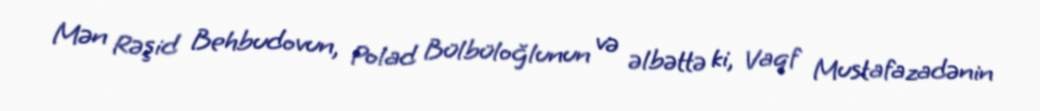
Mən Rəşid Behbudovun, Polad Bülbüloğlunun və əlbəttə ki, Vaqf Mustafazadənin